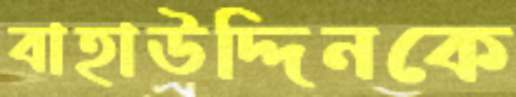
বাহাউদ্দিনকে